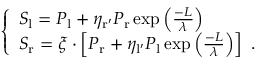
\left\{ \begin{array} { l l } { S _ { \mathrm { l } } = P _ { \mathrm { l } } + \eta _ { \mathrm { r ^ { \prime } } } P _ { \mathrm { r } } \exp \left( \frac { - L } { \lambda } \right) } \\ { S _ { \mathrm { r } } = \xi \cdot \left[ P _ { \mathrm { r } } + \eta _ { \mathrm { l ^ { \prime } } } P _ { \mathrm { l } } \exp \left( \frac { - L } { \lambda } \right) \right] \ . } \end{array} \right.